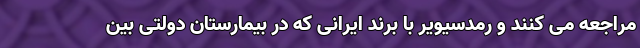
مراجعه می کنند و رمدسیویر با برند ایرانی که در بیمارستان دولتی بین